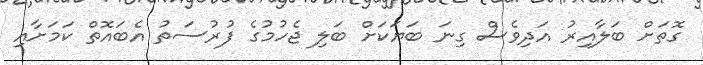
ގޮތަށް ބަލާއިރު އަދިވެސް ގިނަ ބަޔަކަށް ބަލި ޖެހުމުގެ ފުރުސަތު އެބައޮތް ކަމަށާއި